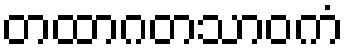
တထာဂတသာဝကံ